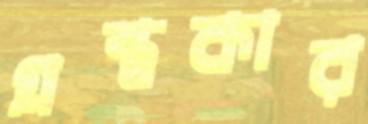
গ্রন্থকার